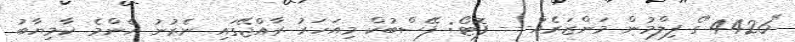
"4426"ގެ ފިލްމުން މަންޒަރެއް--- ފޮޓޯ: ފޭސްބުކް މިއަހަރު ރާއްޖޭގައި ނެރުނު އެންމެ ކާމިޔާބު